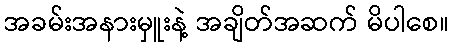
အခမ်းအနားမှူးနဲ့ အချိတ်အဆက် မိပါစေ။